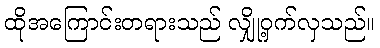
ထိုအကြောင်းတရားသည် လျှို့ဝှက်လှသည်။